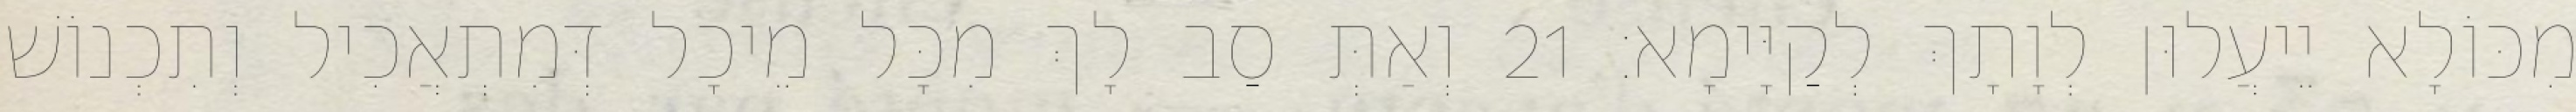
מִכּוֹלָא יֵיעֲלוּן לְוָתָךְ לְקַיָּימָא׃ 21 וְאַתְּ סַב לָךְ מִכָּל מֵיכָל דְּמִתְאֲכִיל וְתִכְנוֹשׁ